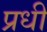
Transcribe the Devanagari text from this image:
प्रधी